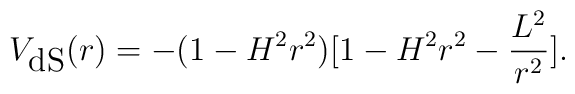
V_{\mbox{dS}}(r)=-(1-H^2r^2)[1-H^2r^2-\frac{L^2}{r^2}].